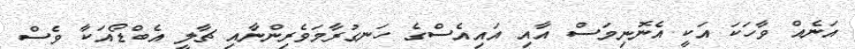
އަނެއް ވާހަކަ އަކީ އެނޮނިމަސް އާއި އައިއެސްގެ ހަނގުރާމަވެރިންނާއި ޗާލީ އެބްޑޯއަކާ ވެސް